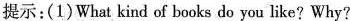
提示：(1)What kind of books do you like?Why?